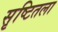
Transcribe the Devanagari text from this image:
सृष्टितला